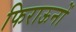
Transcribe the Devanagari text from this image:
फिराऊनों